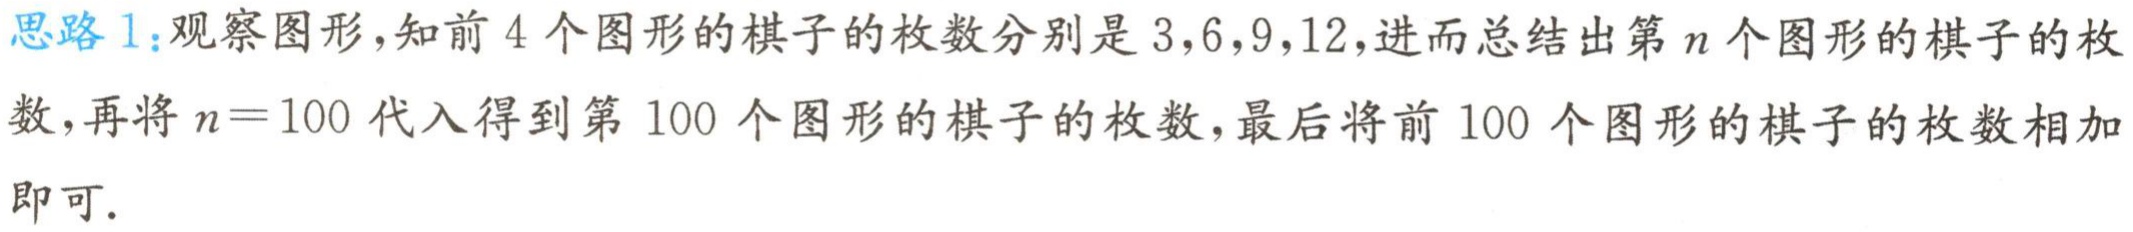
思路 1：观察图形，知前 4 个图形的棋子的枚数分别是 3,6,9,12,进而总结出第 \(n\) 个图形的棋子的枚数，再将 \(n = 100\) 代入得到第 100 个图形的棋子的枚数，最后将前 100 个图形的棋子的枚数相加即可.